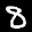
Label: 8